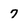
Character: 7